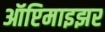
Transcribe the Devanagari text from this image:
ऑप्टिमाइझर